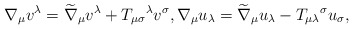
\begin{align*}\nabla _{\mu }v^{\lambda }=\widetilde{\nabla }_{\mu }v^{\lambda}+T_{\mu \sigma }{}^{\lambda }v^{\sigma },\nabla _{\mu }u_{\lambda }=\widetilde{\nabla }_{\mu }u_{\lambda }-T_{\mu \lambda }{}^{\sigma}u_{\sigma }, \end{align*}